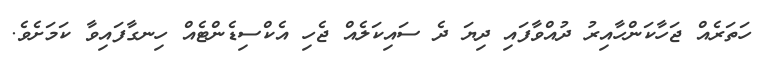
ހަތަރެއް ޖަހާކަންހާއިރު ދުއްވާފައި ދިޔަ ދެ ސައިކަލެއް ޖެހި އެކްސިޑެންޓެއް ހިނގާފައިވާ ކަމަށެވެ.